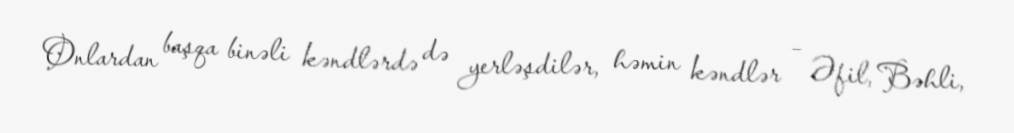
Onlardan başqa binəli kəndlərdə də yerləşdilər, həmin kəndlər – Əfil, Bəhli,